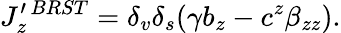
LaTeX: J_{z}^{\prime\, BRST}=\delta_{v}\delta_{s}(\gamma b_{z}-c^{z}\beta_{zz}).